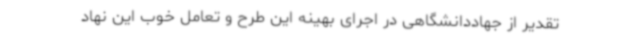
تقدیر از جهاددانشگاهی در اجرای بهینه این طرح و تعامل خوب این نهاد